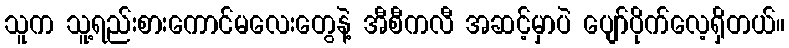
သူက သူ့ရည်းစားကောင်မလေးတွေနဲ့ အီစီကလီ အဆင့်မှာပဲ ပျော်ပိုက်လေ့ရှိတယ်။